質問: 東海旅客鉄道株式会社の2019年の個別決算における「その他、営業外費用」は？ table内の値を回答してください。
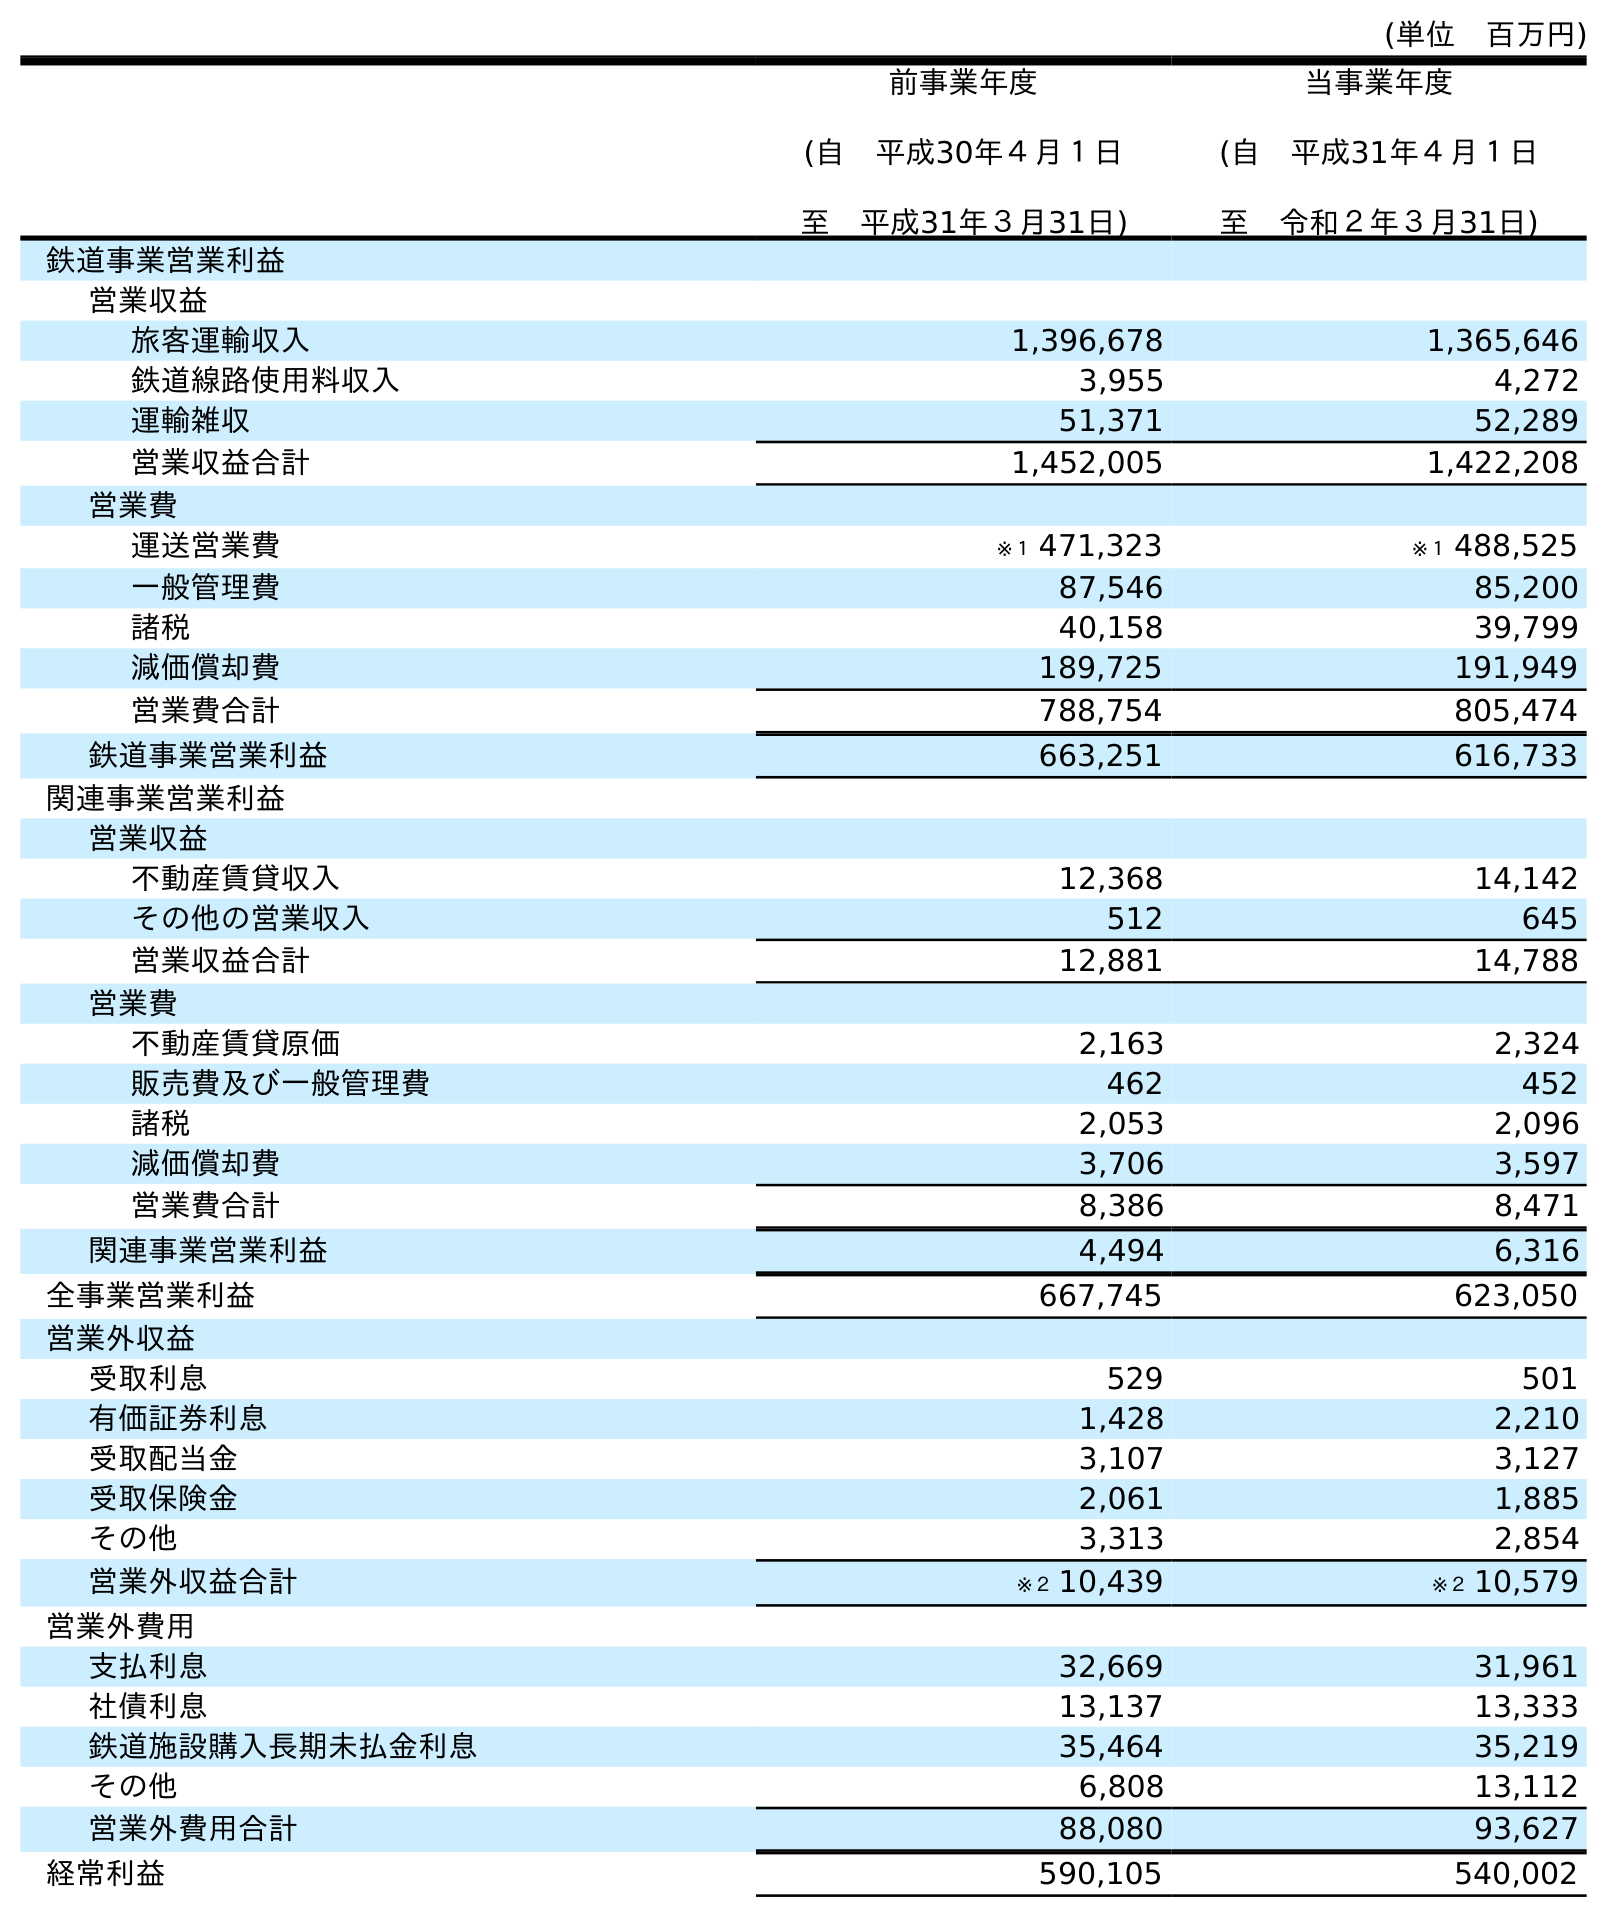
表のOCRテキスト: (単位 百万円) 前事業年度 (自 平成30年４月１日 至 平成31年３月31日) 当事業年度 (自 平成31年４月１日 至 令和２年３月31日) 鉄道事業営業利益 営業収益 旅客運輸収入 1,396,678 1,365,646 鉄道線路使用料収入 3,955 4,272 運輸雑収 51,371 52,289 営業収益合計 1,452,005 1,422,208 営業費 運送営業費 ※１ 471,323 ※１ 488,525 一般管理費 87,546 85,200 諸税 40,158 39,799 減価償却費 189,725 191,949 営業費合計 788,754 805,474 鉄道事業営業利益 663,251 616,733 関連事業営業利益 営業収益 不動産賃貸収入 12,368 14,142 その他の営業収入 512 645 営業収益合計 12,881 14,788 営業費 不動産賃貸原価 2,163 2,324 販売費及び一般管理費 462 452 諸税 2,053 2,096 減価償却費 3,706 3,597 営業費合計 8,386 8,471 関連事業営業利益 4,494 6,316 全事業営業利益 667,745 623,050 営業外収益 受取利息 529 501 有価証券利息 1,428 2,210 受取配当金 3,107 3,127 受取保険金 2,061 1,885 その他 3,313 2,854 営業外収益合計 ※２ 10,439 ※２ 10,579 営業外費用 支払利息 32,669 31,961 社債利息 13,137 13,333 鉄道施設購入長期未払金利息 35,464 35,219 その他 6,808 13,112 営業外費用合計 88,080 93,627 経常利益 590,105 540,002
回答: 6,808